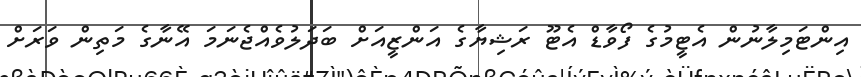
އިންޓަމިލާނުން އެޓީމުގެ ފޯވާޑް އެޓޫ ރަޝިޔާގެ އަންޒީއަށް ބަދަލުވެއްޖެނަމަ އޭނާގެ މަތިން ވަރަށް